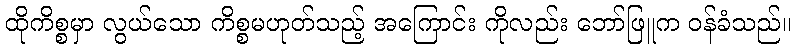
ထိုကိစ္စမှာ လွယ်သော ကိစ္စမဟုတ်သည့် အကြောင်း ကိုလည်း ဘော်ဖြူက ဝန်ခံသည်။